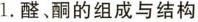
1.醛、酮的组成与结构